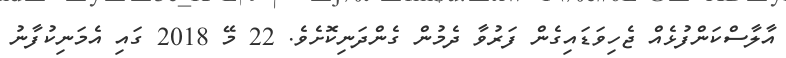
އާލާސްކަންފުޅެއް ޖެހިވަޑައިގެން ފަރުވާ ދެމުން ގެންދަނިކޮށެވެ. 22 މޭ 2018 ގައި އެމަނިކުފާނު